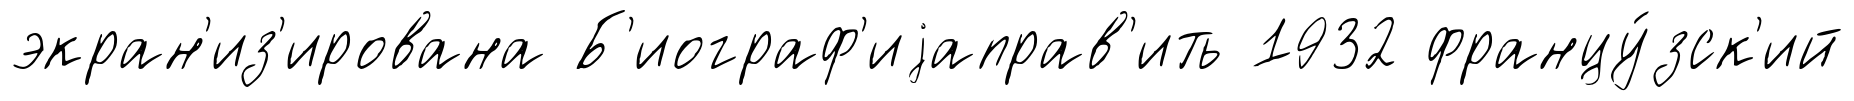
экран'из'ирована Б'иограф'иjаправ'ить 1932 францу́зск'ий